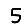
Digit: 5